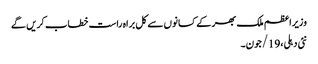
وزیراعظم ملک بھر کے کسانوں سے کل براہ راست خطاب کریں گے
نئی دہلی،19/جون۔